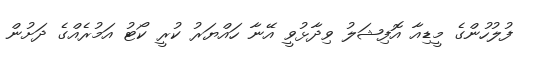
ފުލުހުންގެ މީޑިއާ އޮފިޝަލު ވިދާޅުވީ އޭނާ ހައްޔަރު ކުރީ ކޯޓު އަމުރެއްގެ ދަށުން